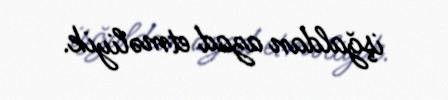
işğaldan azad etməliyik.